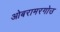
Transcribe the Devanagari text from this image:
ओबरामरगोउ